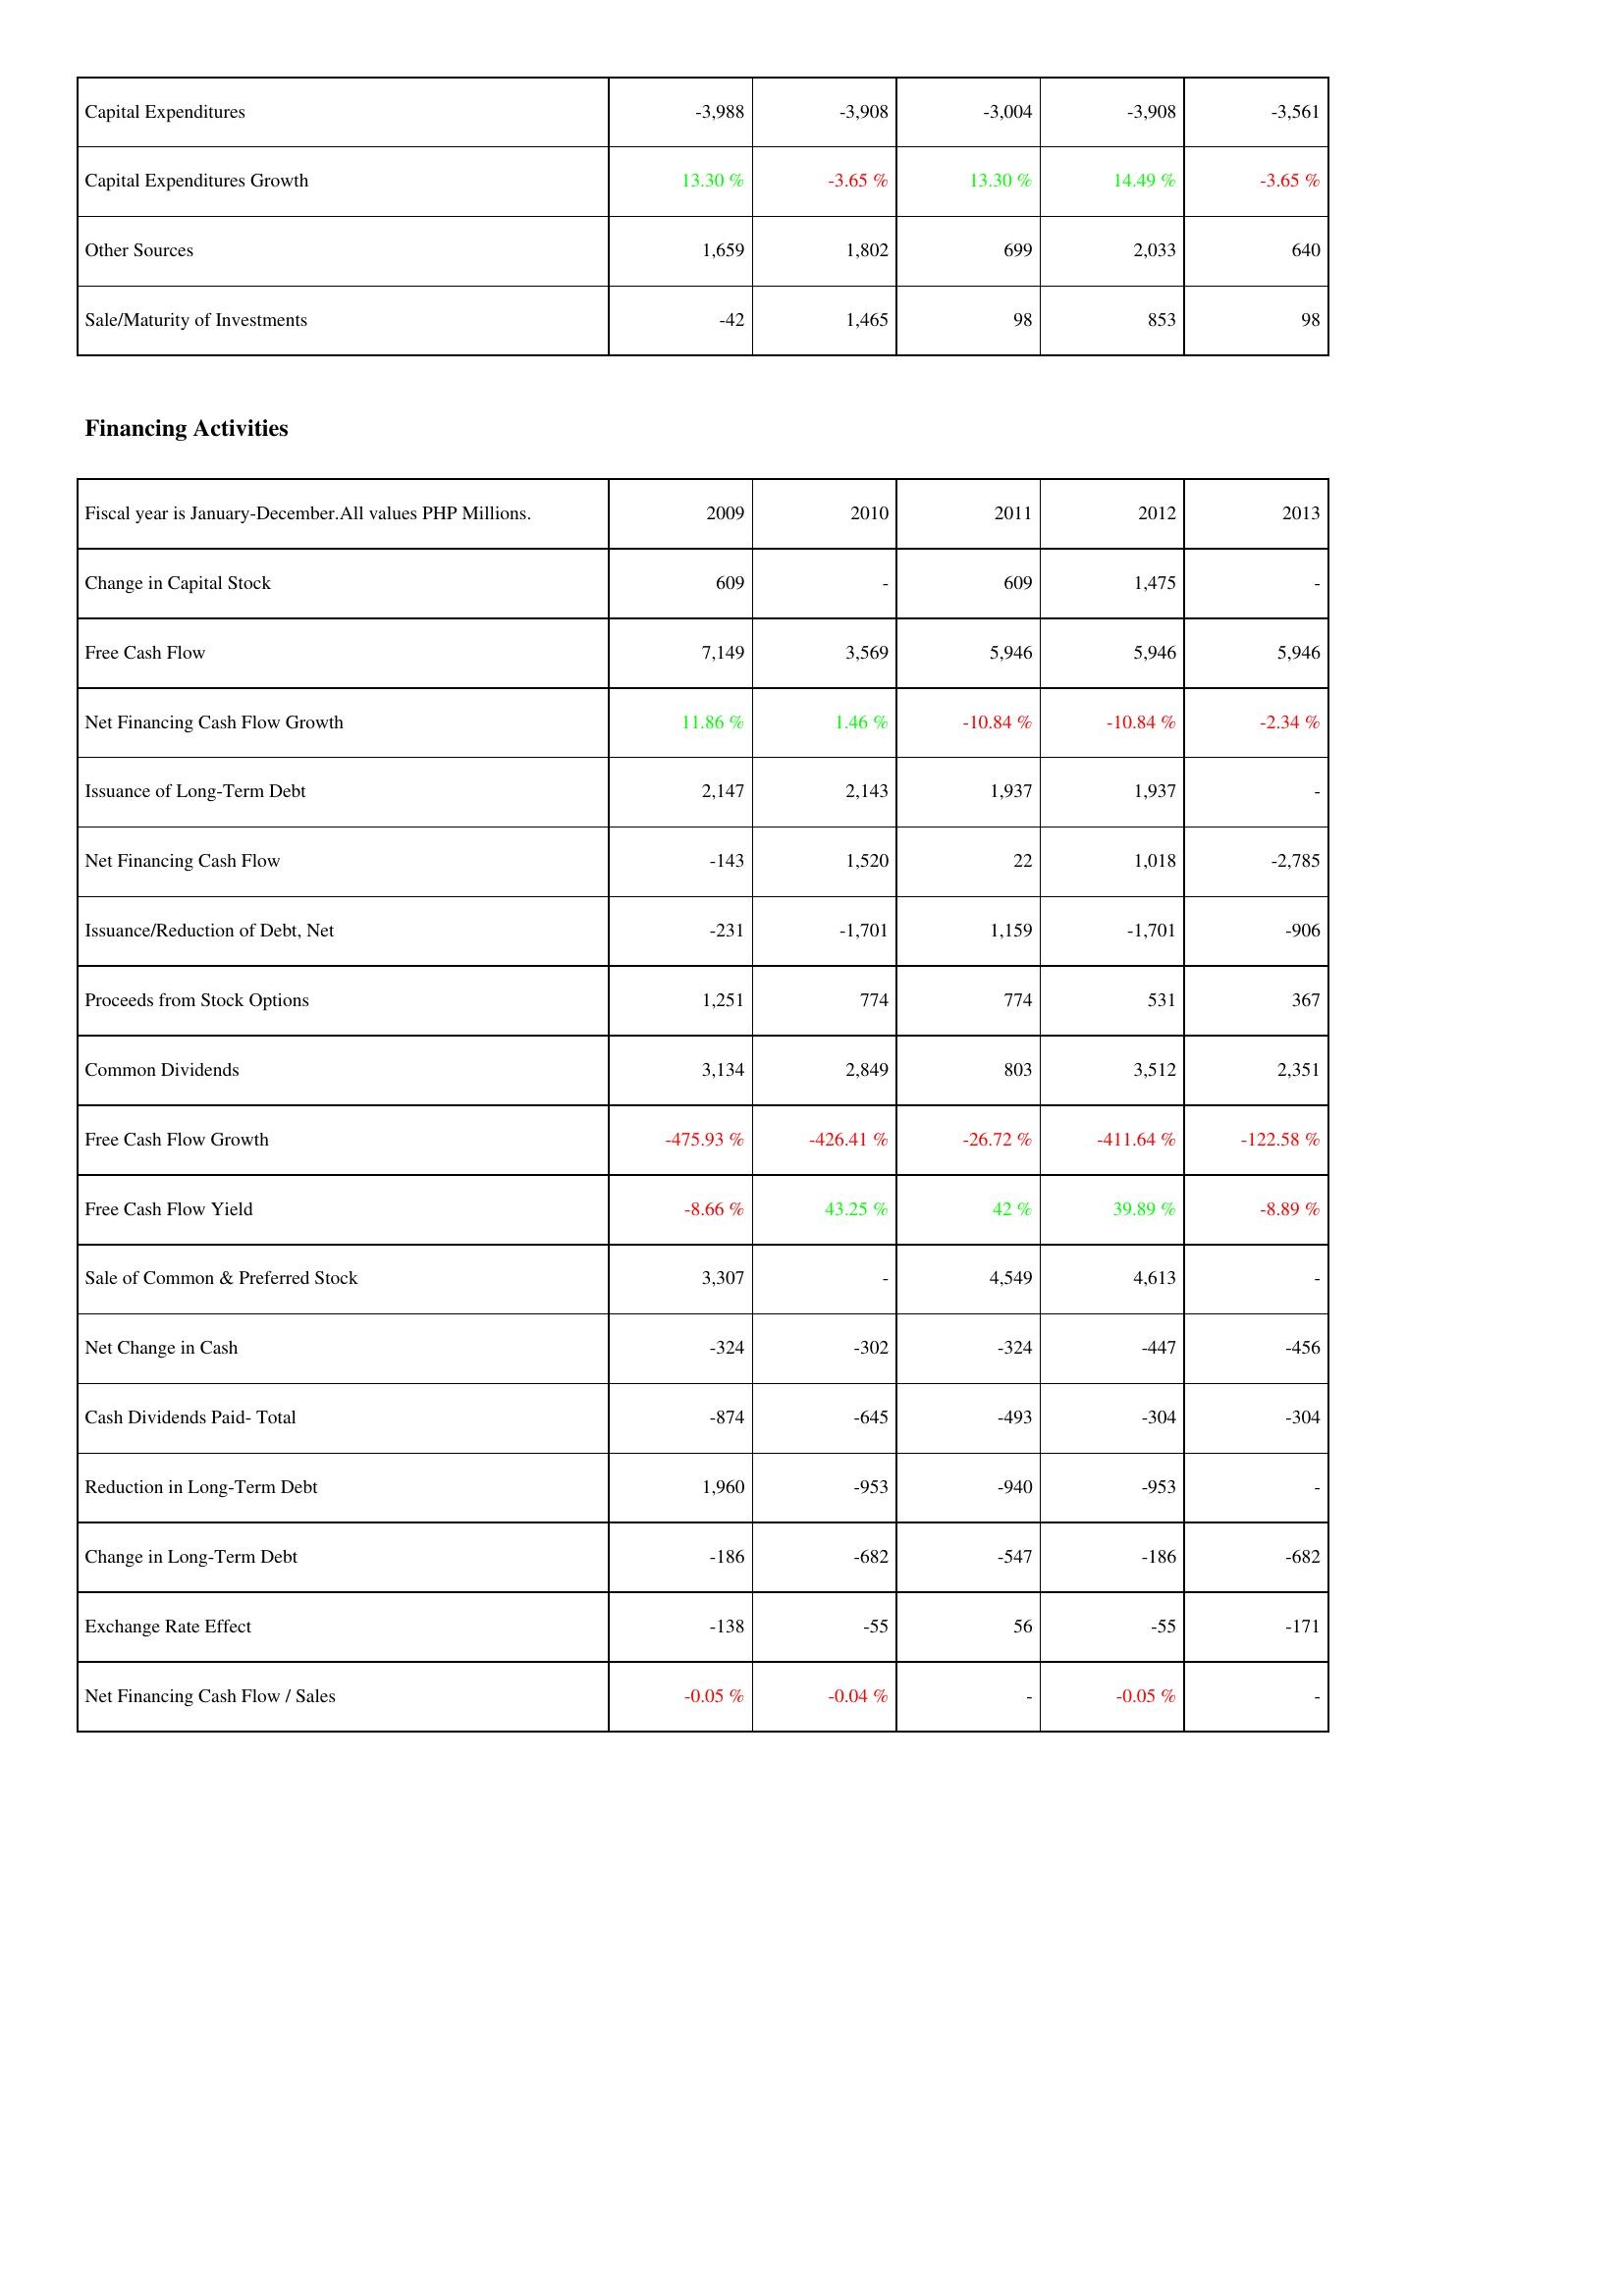
2009: Investing Activities: Capital Expenditures: -3,988
Capital Expenditures Growth: 13.30 %
Other Sources: 1,659
Sale/Maturity of Investments: -42
Financing Activities: Change in Capital Stock: 609
Free Cash Flow: 7,149
Net Financing Cash Flow Growth: 11.86 %
Issuance of Long-Term Debt: 2,147
Net Financing Cash Flow: -143
Issuance/Reduction of Debt, Net: -231
Proceeds from Stock Options: 1,251
Common Dividends: 3,134
Free Cash Flow Growth: -475.93 %
Free Cash Flow Yield: -8.66 %
Sale of Common & Preferred Stock: 3,307
Net Change in Cash: -324
Cash Dividends Paid- Total: -874
Reduction in Long-Term Debt: 1,960
Change in Long-Term Debt: -186
Exchange Rate Effect: -138
Net Financing Cash Flow / Sales: -0.05 %
2010: Investing Activities: Capital Expenditures: -3,908
Capital Expenditures Growth: -3.65 %
Other Sources: 1,802
Sale/Maturity of Investments: 1,465
Financing Activities: Change in Capital Stock: -
Free Cash Flow: 3,569
Net Financing Cash Flow Growth: 1.46 %
Issuance of Long-Term Debt: 2,143
Net Financing Cash Flow: 1,520
Issuance/Reduction of Debt, Net: -1,701
Proceeds from Stock Options: 774
Common Dividends: 2,849
Free Cash Flow Growth: -426.41 %
Free Cash Flow Yield: 43.25 %
Sale of Common & Preferred Stock: -
Net Change in Cash: -302
Cash Dividends Paid- Total: -645
Reduction in Long-Term Debt: -953
Change in Long-Term Debt: -682
Exchange Rate Effect: -55
Net Financing Cash Flow / Sales: -0.04 %
2011: Investing Activities: Capital Expenditures: -3,004
Capital Expenditures Growth: 13.30 %
Other Sources: 699
Sale/Maturity of Investments: 98
Financing Activities: Change in Capital Stock: 609
Free Cash Flow: 5,946
Net Financing Cash Flow Growth: -10.84 %
Issuance of Long-Term Debt: 1,937
Net Financing Cash Flow: 22
Issuance/Reduction of Debt, Net: 1,159
Proceeds from Stock Options: 774
Common Dividends: 803
Free Cash Flow Growth: -26.72 %
Free Cash Flow Yield: 42 %
Sale of Common & Preferred Stock: 4,549
Net Change in Cash: -324
Cash Dividends Paid- Total: -493
Reduction in Long-Term Debt: -940
Change in Long-Term Debt: -547
Exchange Rate Effect: 56
Net Financing Cash Flow / Sales: -
2012: Investing Activities: Capital Expenditures: -3,908
Capital Expenditures Growth: 14.49 %
Other Sources: 2,033
Sale/Maturity of Investments: 853
Financing Activities: Change in Capital Stock: 1,475
Free Cash Flow: 5,946
Net Financing Cash Flow Growth: -10.84 %
Issuance of Long-Term Debt: 1,937
Net Financing Cash Flow: 1,018
Issuance/Reduction of Debt, Net: -1,701
Proceeds from Stock Options: 531
Common Dividends: 3,512
Free Cash Flow Growth: -411.64 %
Free Cash Flow Yield: 39.89 %
Sale of Common & Preferred Stock: 4,613
Net Change in Cash: -447
Cash Dividends Paid- Total: -304
Reduction in Long-Term Debt: -953
Change in Long-Term Debt: -186
Exchange Rate Effect: -55
Net Financing Cash Flow / Sales: -0.05 %
2013: Investing Activities: Capital Expenditures: -3,561
Capital Expenditures Growth: -3.65 %
Other Sources: 640
Sale/Maturity of Investments: 98
Financing Activities: Change in Capital Stock: -
Free Cash Flow: 5,946
Net Financing Cash Flow Growth: -2.34 %
Issuance of Long-Term Debt: -
Net Financing Cash Flow: -2,785
Issuance/Reduction of Debt, Net: -906
Proceeds from Stock Options: 367
Common Dividends: 2,351
Free Cash Flow Growth: -122.58 %
Free Cash Flow Yield: -8.89 %
Sale of Common & Preferred Stock: -
Net Change in Cash: -456
Cash Dividends Paid- Total: -304
Reduction in Long-Term Debt: -
Change in Long-Term Debt: -682
Exchange Rate Effect: -171
Net Financing Cash Flow / Sales: -